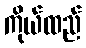
ကိုယ်ထည်